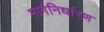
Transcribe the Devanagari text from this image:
मार्गनिर्धारण